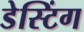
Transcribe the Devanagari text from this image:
डेस्टिंग